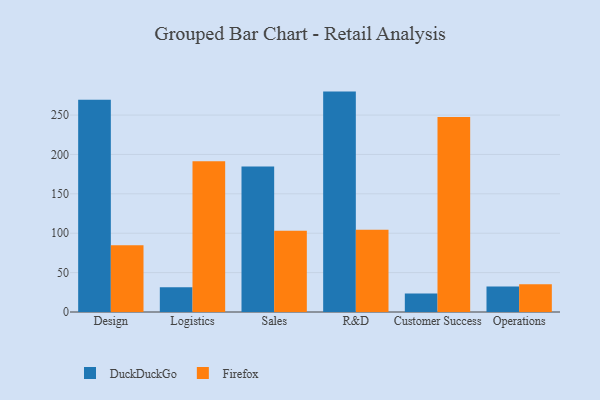
{"axis": {"x": "Department", "y": "Gross Profit (USD K)"}, "legend": ["DuckDuckGo", "Firefox"], "data": [{"x": "Design", "y": 269.5, "type": "DuckDuckGo"}, {"x": "Design", "y": 84.8, "type": "Firefox"}, {"x": "Logistics", "y": 31.3, "type": "DuckDuckGo"}, {"x": "Logistics", "y": 191.4, "type": "Firefox"}, {"x": "Sales", "y": 184.6, "type": "DuckDuckGo"}, {"x": "Sales", "y": 103.3, "type": "Firefox"}, {"x": "R&D", "y": 279.8, "type": "DuckDuckGo"}, {"x": "R&D", "y": 104.4, "type": "Firefox"}, {"x": "Customer Success", "y": 23.5, "type": "DuckDuckGo"}, {"x": "Customer Success", "y": 247.4, "type": "Firefox"}, {"x": "Operations", "y": 32.4, "type": "DuckDuckGo"}, {"x": "Operations", "y": 35.1, "type": "Firefox"}]}